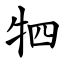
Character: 牭